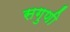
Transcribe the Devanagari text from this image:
सगुणी